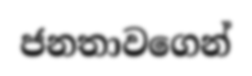
ජනතාවගෙන්